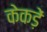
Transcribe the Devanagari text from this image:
केकड़ें